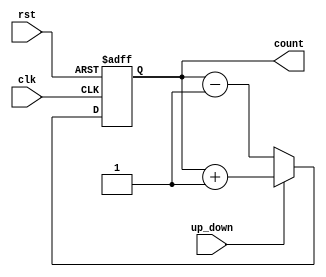
module up_down_counter (
    input wire clk,          // clock input
    input wire rst,          // reset input
    input wire up_down,      // up/down control input
    output reg [7:0] count   // count value register
);

    always @(posedge clk or posedge rst) begin
        if (rst) begin
            count <= 8'b0;
        end else begin
            if (up_down) begin
                count <= count + 1;
            end else begin
                count <= count - 1;
            end
        end
    end

endmodule